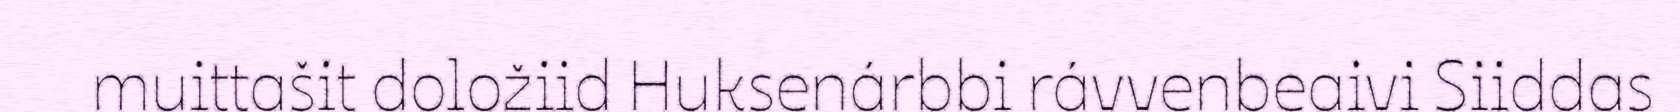
muittašit doložiid Huksenárbbi rávvenbeaivi Siiddas